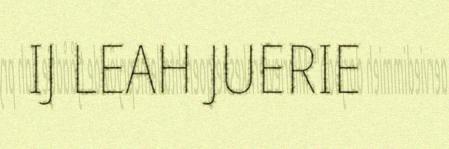
IJ LEAH JUERIE